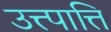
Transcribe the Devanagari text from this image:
उत्त्पात्ति